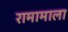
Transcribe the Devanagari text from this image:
रामामाला